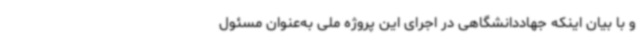
و با بیان اینکه جهاددانشگاهی در اجرای این پروژه ملی به‌عنوان مسئول